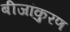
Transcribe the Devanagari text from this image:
बीजांकुरण